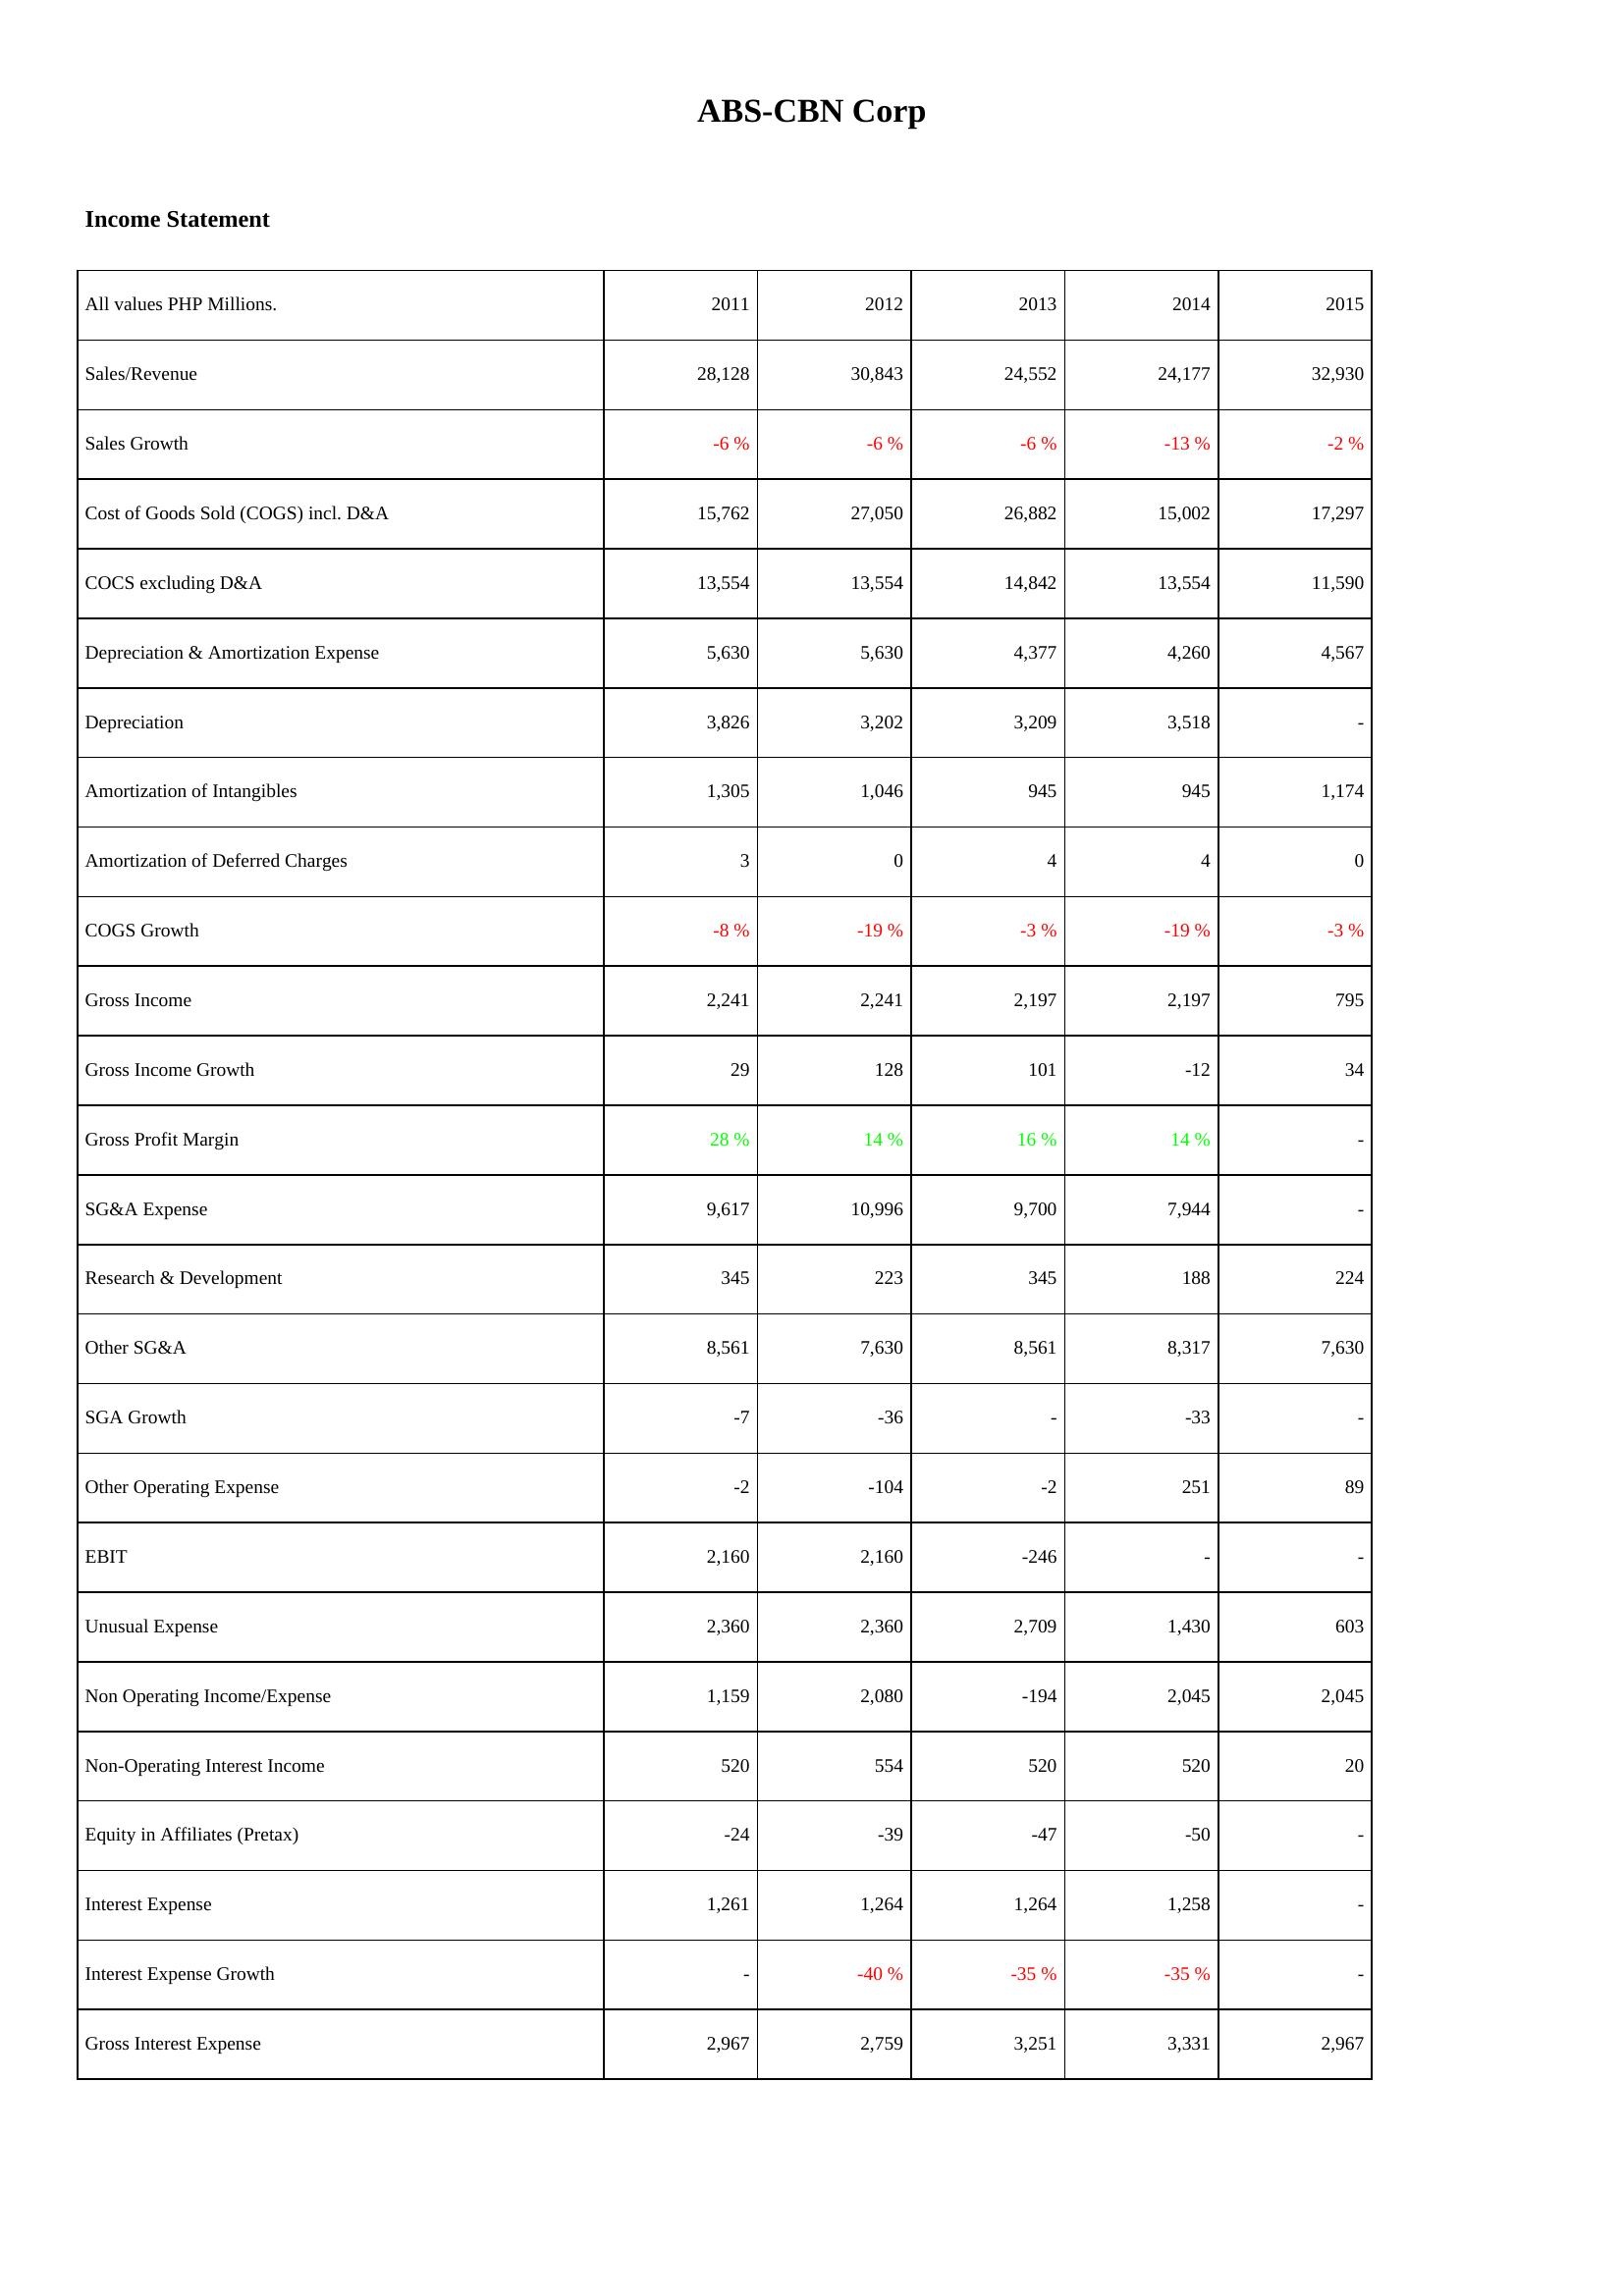
2011: Income Statement: Sales/Revenue: 28,128
Sales Growth: -6 %
Cost of Goods Sold (COGS) incl. D&A: 15,762
COCS excluding D&A: 13,554
Depreciation & Amortization Expense: 5,630
Depreciation: 3,826
Amortization of Intangibles: 1,305
Amortization of Deferred Charges: 3
COGS Growth: -8 %
Gross Income: 2,241
Gross Income Growth: 29
Gross Profit Margin: 28 %
SG&A Expense: 9,617
Research & Development: 345
Other SG&A: 8,561
SGA Growth: -7
Other Operating Expense: -2
EBIT: 2,160
Unusual Expense: 2,360
Non Operating Income/Expense: 1,159
Non-Operating Interest Income: 520
Equity in Affiliates (Pretax): -24
Interest Expense: 1,261
Interest Expense Growth: -
Gross Interest Expense: 2,967
2012: Income Statement: Sales/Revenue: 30,843
Sales Growth: -6 %
Cost of Goods Sold (COGS) incl. D&A: 27,050
COCS excluding D&A: 13,554
Depreciation & Amortization Expense: 5,630
Depreciation: 3,202
Amortization of Intangibles: 1,046
Amortization of Deferred Charges: 0
COGS Growth: -19 %
Gross Income: 2,241
Gross Income Growth: 128
Gross Profit Margin: 14 %
SG&A Expense: 10,996
Research & Development: 223
Other SG&A: 7,630
SGA Growth: -36
Other Operating Expense: -104
EBIT: 2,160
Unusual Expense: 2,360
Non Operating Income/Expense: 2,080
Non-Operating Interest Income: 554
Equity in Affiliates (Pretax): -39
Interest Expense: 1,264
Interest Expense Growth: -40 %
Gross Interest Expense: 2,759
2013: Income Statement: Sales/Revenue: 24,552
Sales Growth: -6 %
Cost of Goods Sold (COGS) incl. D&A: 26,882
COCS excluding D&A: 14,842
Depreciation & Amortization Expense: 4,377
Depreciation: 3,209
Amortization of Intangibles: 945
Amortization of Deferred Charges: 4
COGS Growth: -3 %
Gross Income: 2,197
Gross Income Growth: 101
Gross Profit Margin: 16 %
SG&A Expense: 9,700
Research & Development: 345
Other SG&A: 8,561
SGA Growth: -
Other Operating Expense: -2
EBIT: -246
Unusual Expense: 2,709
Non Operating Income/Expense: -194
Non-Operating Interest Income: 520
Equity in Affiliates (Pretax): -47
Interest Expense: 1,264
Interest Expense Growth: -35 %
Gross Interest Expense: 3,251
2014: Income Statement: Sales/Revenue: 24,177
Sales Growth: -13 %
Cost of Goods Sold (COGS) incl. D&A: 15,002
COCS excluding D&A: 13,554
Depreciation & Amortization Expense: 4,260
Depreciation: 3,518
Amortization of Intangibles: 945
Amortization of Deferred Charges: 4
COGS Growth: -19 %
Gross Income: 2,197
Gross Income Growth: -12
Gross Profit Margin: 14 %
SG&A Expense: 7,944
Research & Development: 188
Other SG&A: 8,317
SGA Growth: -33
Other Operating Expense: 251
EBIT: -
Unusual Expense: 1,430
Non Operating Income/Expense: 2,045
Non-Operating Interest Income: 520
Equity in Affiliates (Pretax): -50
Interest Expense: 1,258
Interest Expense Growth: -35 %
Gross Interest Expense: 3,331
2015: Income Statement: Sales/Revenue: 32,930
Sales Growth: -2 %
Cost of Goods Sold (COGS) incl. D&A: 17,297
COCS excluding D&A: 11,590
Depreciation & Amortization Expense: 4,567
Depreciation: -
Amortization of Intangibles: 1,174
Amortization of Deferred Charges: 0
COGS Growth: -3 %
Gross Income: 795
Gross Income Growth: 34
Gross Profit Margin: -
SG&A Expense: -
Research & Development: 224
Other SG&A: 7,630
SGA Growth: -
Other Operating Expense: 89
EBIT: -
Unusual Expense: 603
Non Operating Income/Expense: 2,045
Non-Operating Interest Income: 20
Equity in Affiliates (Pretax): -
Interest Expense: -
Interest Expense Growth: -
Gross Interest Expense: 2,967